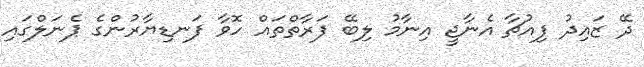
ދޭ ޒައިދު ފިއުޗާ އެނާޖީ އިނާމު ލިބޭ ފަރާތްތައް ހޮވާ ފަނޑިޔާރުންގެ ޕެނަލްގައި